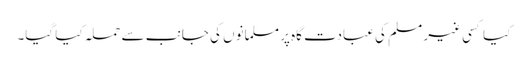
کیا کسی غیر مسلم کی عبادت گاہ پر مسلمانوں کی جانب سے حملہ کیا گیا۔